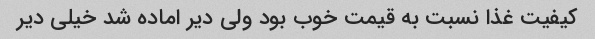
کیفیت غذا نسبت به قیمت خوب بود ولی دیر اماده شد خیلی دیر